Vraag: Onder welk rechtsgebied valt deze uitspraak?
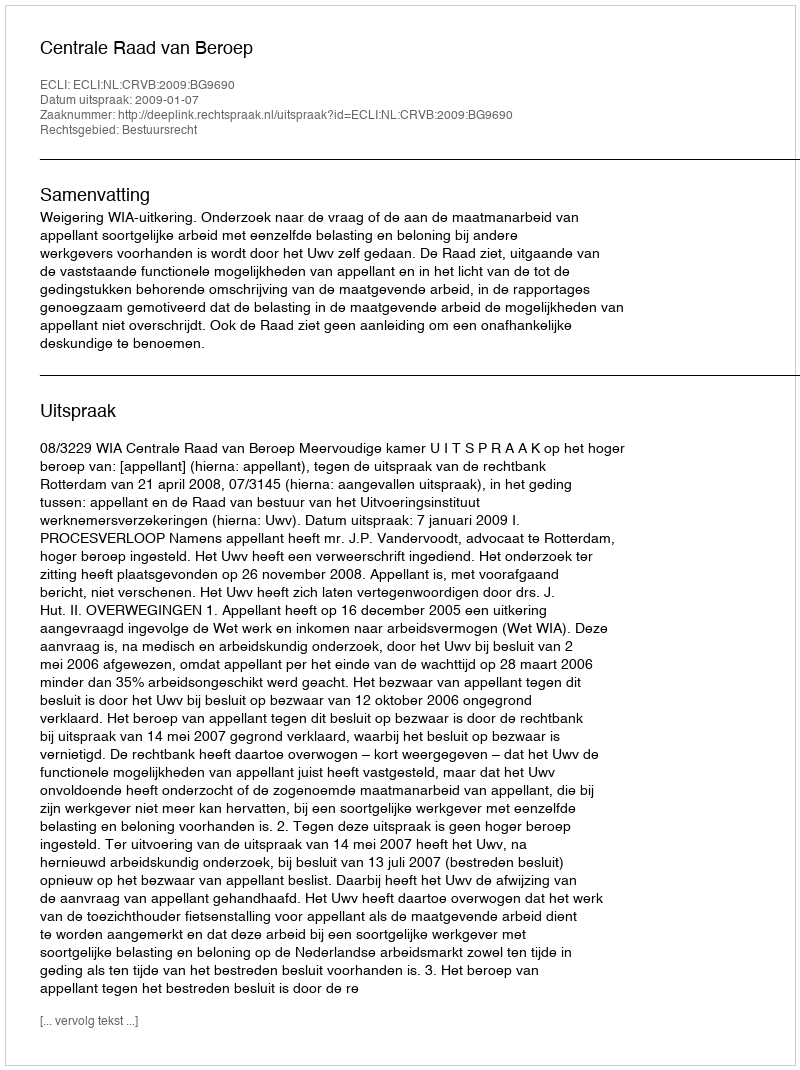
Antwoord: Bestuursrecht